Lunatic asylums in Bengal annual reports 1888-1898 - 1888-1898
Year: 1888
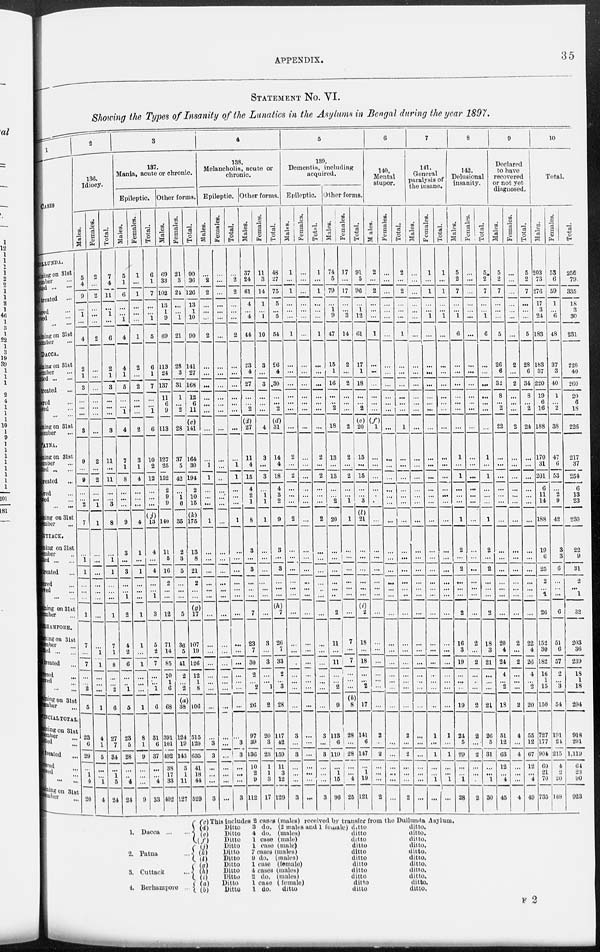
APPENDIX.
35
STATEMENT No. VI.
Showing the Types of Insanity of the Lunatics in the Asylums in Bengal during the year 1897.
1
CASES
DULLUNDA.
Remaining on 31st
December ...
Admitted ... ...
Total treated ...
Recovered ...
Improved ...
Died ...
Remaining on 31st
December ...
DACCA.
Remaining on 31st
December ...
Admitted ...
Total treated ...
Recovered ...
Improved ...
Died ... ...
Remaining on 31st
December ...
PATNA.
Remaining on 31st
December ...
Admitted ... ...
Total treated ...
Recovered ...
Improved ...
Died ... ...
Remaining
on 31st
December ...
CUTTACK.
Remaining on 31st
December ...
Admitted
...
Total treated ...
Recovered ...
Improved ...
Died ... ...
Remaining on 31st
December ...
BERHAMPORE.
Remaining on 31st
December ...
Admitted ... ...
Total treated ...
Recovered ...
Improved ...
Died ... ...
Remaining on 31st
December ...
PROVINCIAL TOTAL.
Remaining on 31st
December ...
Admitted ...
Total treated ...
Recover ...
Improved ... Died ... ...
Remaining on 31st
December ...
2
136.
Idiocy.
Males.
5
4
9
...
1
...
4
2
1
3
...
...
...
3
9
...
9
...
...
2
7
...
1
1
...
...
...
1
7
...
7
...
...
2
5
23
6
29
...
1
4
20
Females.
2
...
2
...
...
...
2
...
...
...
...
...
...
...
2
...
2
...
...
1
1
...
...
...
...
...
...
...
...
1
1
...
...
...
1
4
1
5
...
...
1
4
Total.
7
4
11
...
1
...
6
2
1
3
...
...
...
3
11
...
11
...
...
3
8
...
1
1
...
...
...
1
7
1
8
...
...
2
6
27
7
34
...
1 5
24
3
137.
Mania, acute or chronic.
Epileptic.
Males.
5
1
6
...
...
1
4
4
1
5
...
...
1
4
7
1
8
...
...
...
9
3
...
3
...
...
1
2
4
2
6
...
...
1
5
23
5
28
...
...
4
24
Females.
1
...
1
...
...
...
1
2
...
2
...
...
...
2
3
1
4
...
...
...
4
1
...
1
...
...
...
1
1
...
1
...
...
...
1
8
1
9
...
...
...
9
Total.
6
1
7
...
...
1
5
6
1
7
...
...
1
6
10
2
12
...
...
...
(j)
13
4
...
4
...
...
1
3
5
2
7
...
...
1
6
31
6
37
...
...
4
33
Other forms.
Males.
69
33
102
13
1
9
69
113
24
137
11
6
9
113
127
25
152
2
9
9
140
11
5
16
2
...
...
12
71
14
85
10
1
6
68
391
101
492
38
17
33
402
Females.
21 3
24
...
...
1
21
28
3
31
1
...
2
28
37
5
42
...
1
6
35
2
3
5
...
...
...
5
36
5
41
2
...
2
(a)
38
124
19
143
3
1
11
127
Total.
90
30
126
13
1
10
90
141
27
168
12
6
11
(c)
141
164
30
194
2
10
15
(k)
175
13
8
21
2
...
...
(g)
17
107
19
126
12
1
8
106
515
120
635
41
18
44
529
4
138.
Melancholia, acute or
chronic.
Epileptic
Males.
...
2
2
...
...
...
2
...
...
...
...
...
...
...
...
1
1
...
...
...
1
...
...
...
...
...
...
...
...
...
...
...
...
...
...
...
3
3
...
...
...
3
Females.
...
...
...
...
...
...
...
...
...
...
...
...
...
...
...
...
...
...
...
...
...
...
...
...
...
...
...
...
...
...
...
...
...
...
...
...
...
...
...
...
...
...
Total.
...
2
2
...
...
...
2
...
...
...
...
...
...
...
...
1
1
...
...
...
1
...
...
...
...
...
...
...
...
...
|...
...
...
...
...
...
3
3
...
...
...
3
Other forms.
Males.
37
24
61
4
...
4
44
23
4
27
...
...
2
(d)
27
11
4
15
4
2
1
8
3
...
3
...
...
...
7
23
7
30
2
...
2
26
97
39
136
10
2
9
112
Females.
11
3
14
1
...
1
10
3
...
3
...
...
...
4
3
...
3
...
1
1
1
...
...
...
...
...
...
...
3
...
3
...
...
1
2
20
3
23
1
1
3
17
Total.
48
27
75
5
...
5
54
26
4
30
...
...
2
(d)
31
14
4
18
4
3
2
9
3
...
3
...
...
...
(h)
7
26
7
33
2
...
3
28
117
42
159
11
3
12
129
5
139.
Dementia, including
acquired.
Epileptic.
Males.
1
...
1
...
...
...
1
...
...
...
...
...
...
...
2
...
2
...
...
...
2
...
...
...
...
...
...
...
...
...
...
...
...
...
...
3
...
3
...
...
...
3
Females.
...
...
...
...
...
...
...
...
...
...
...
...
...
...
...
...
...
...
...
...
...
...
...
...
...
...
...
...
...
...
...
...
...
...
...
...
...
...
...
...
...
...
Total.
1
...
1
...
...
...
1
...
...
...
...
...
...
...
2
...
2
...
...
...
2
...
...
...
...
...
...
...
...
...
...
...
...
...
...
3
...
3
...
...
...
3
Other forms.
Males.
74
5
79
...
1
9
47
15
1
16
...
...
2
18
13
...
13
...
...
2
20
...
...
...
...
...
...
2
11
...
11
...
...
2
9
113
6
119
...
1
15
96
Females.
17
...
17
...
...
3
14
2
...
2
...
...
...
2
2
...
2
...
...
1
1
...
...
...
...
...
...
...
7
...
7
...
...
...
(b)
8
28
...
28
...
...
4
25
Total.
91
5
96
...
1
12
61
17
1
18
...
...
2
(e)
20
15
...
15
...
...
3
(l)
21
...
...
...
...
...
...
(i)
2
18
...
18
...
...
2
17
141
6
147
...
1
19
121
6
140.
Mental
stupor.
Males.
2
...
2
...
...
...
1
...
...
...
...
...
...
(f)
1
...
...
...
...
...
...
...
...
...
...
...
...
...
...
...
...
...
...
...
...
...
2
...
2
...
...
...
2
Females.
...
...
...
...
...
...
...
...
...
...
...
...
...
...
...
...
...
...
...
...
...
...
...
...
...
...
...
...
...
...
...
...
...
...
...
...
...
...
...
...
...
Total.
2
...
2
...
...
...
1
...
...
...
...
...
...
1
...
...
...
...
...
...
...
...
...
...
...
...
...
...
...
...
...
...
...
...
...
2
...
2
...
...
...
2
7
141.
General
paralysis of
the insane.
Males.
...
...
...
...
...
...
...
...
...
...
...
...
...
...
...
...
...
...
...
...
...
...
...
...
...
...
...
...
...
...
...
...
...
...
...
...
...
...
...
...
...
...
Females.
1
...
1
...
...
1
...
...
...
...
...
...
...
...
...
...
...
...
...
...
...
...
...
...
...
...
...
...
...
...
...
...
...
...
...
1
...
1
...
...
1
...
Total.
1
...
1
...
...
1
...
...
...
...
...
...
...
...
...
...
...
...
...
...
...
...
...
...
...
...
...
...
...
...
...
...
...
...
...
1
...
1
...
...
1
...
8
142.
Delusional
insanity.
Males.
5
2
7
...
...
1
6
...
...
...
...
...
...
...
1
...
1
...
...
...
1
2
...
2
...
...
...
2
16
3
19
...
...
...
19
24
5
29
...
...
1
28
Females.
...
...
...
...
...
...
...
...
...
...
...
...
...
...
...
...
...
...
...
...
...
...
...
...
...
...
...
...
2
...
2
...
...
...
2
2
...
2
...
...
...
2
Total.
5
2
7
...
...
1
6
...
...
...
...
...
...
...
1
...
1
...
...
...
1
2
...
2
...
...
...
2
18
3
21
...
...
...
21
26
5
31
...
...
1
30
9
Declared
to have
recovered
or not yet
diagnosed.
Males.
5
2
7
...
...
...
5
26
6
32
8
...
2
22
...
...
...
...
...
...
...
...
...
...
...
...
...
...
20
4
24
4
...
2
18
51
12
63
12
...
4
45
Females.
...
...
...
...
...
...
...
2
...
2
...
...
...
2
...
...
...
...
...
...
...
...
...
...
...
...
...
...
2
...
2
...
...
...
2
4
...
4
...
...
...
4
Total.
5
2
7
...
...
...
5
28
6
34
8
...
2
24
...
...
...
...
...
...
...
...
...
...
...
...
...
...
22
4
26
4
...
2
20
55
12
67
12
...
4
49
10
Total.
Males.
203
73
276
17
3
24
183
183
37
220
19
6
16
188
170
31
201
6
11
14
188
19
6
25
2
...
1
26
152
30
182
16
1
15
150
727
177
904
60
21
70
735
Females.
53
6
59
1
...
6
48
37
3
40
1
...
2
38
47
6
53
...
2
9
42
3
3
6
...
...
...
6
51
6
57
2
...
3
54
191
24
215
4
2
20
188
Total.
256
79
335
18
3
30
231
220
40
260
20
6
18
226
217
37
254
6
13
23
230
22
9
31
2
...
1
32
203
36
239
18
1
18
204
918
201
1,119
64
23
90
923
1. Dacca
...
...
2. Patna
...
3. Cuttack
...
4. Berhampore
...
(c) This includes 2 cases (males) received by transfer from the Dullunda Asylum.
(d)
Ditto
8 do. (2 males aud 1 female) ditto
ditto.
(e)
Ditto
4 do. (males)
ditto
ditto.
(f)
Ditto
1 case (male)
ditto
ditto.
(j)
Ditto
1 case (male)
ditto
ditto.
(k)
Ditto
7 cases (males)
ditto
ditto.
(l)
Ditto
9 do. (males)
ditto
ditto.
(g)
Ditto
1 case (female)
ditto
ditto.
(h)
Ditto
4 cases (males)
ditto
ditto.
(i)
Ditto
2 do. (males)
ditto
ditto.
(a)
Ditto
1 case (female)
ditto
ditto.
(b)
Ditto
1 do.
ditto
ditto
ditto.
F 2